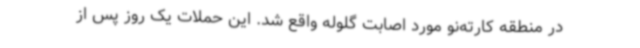
در منطقه کارته‌نو مورد اصابت گلوله واقع شد. این حملات یک روز پس از